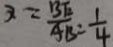
x = \frac { B E } { A B } = \frac { 1 } { 4 }